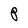
Character: P